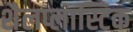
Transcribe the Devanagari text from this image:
शैलप्लास्टिक